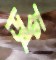
ডফ্লু